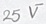
Text: 25V